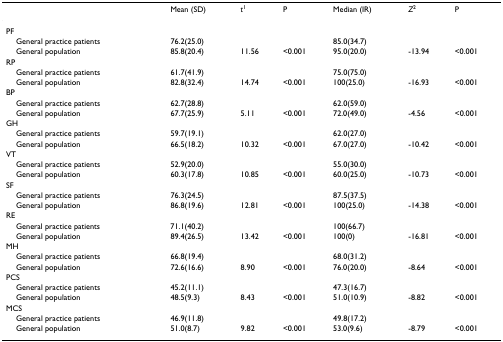
<table><thead><tr><td></td><td><b>Mean (SD)</b></td><td><b><i>t</i><sup>1</sup></b></td><td><b>P</b></td><td><b>Median (IR)</b></td><td><b><i>Z</i><sup>2</sup></b></td><td><b>P</b></td></tr></thead><tbody><tr><td>PF</td><td></td><td></td><td></td><td></td><td></td><td></td></tr><tr><td> General practice patients</td><td>76.2(25.0)</td><td></td><td></td><td>85.0(34.7)</td><td></td><td></td></tr><tr><td> General population</td><td>85.8(20.4)</td><td>11.56</td><td>&lt;0.001</td><td>95.0(20.0)</td><td>-13.94</td><td>&lt;0.001</td></tr><tr><td>RP</td><td></td><td></td><td></td><td></td><td></td><td></td></tr><tr><td> General practice patients</td><td>61.7(41.9)</td><td></td><td></td><td>75.0(75.0)</td><td></td><td></td></tr><tr><td> General population</td><td>82.8(32.4)</td><td>14.74</td><td>&lt;0.001</td><td>100(25.0)</td><td>-16.93</td><td>&lt;0.001</td></tr><tr><td>BP</td><td></td><td></td><td></td><td></td><td></td><td></td></tr><tr><td> General practice patients</td><td>62.7(28.8)</td><td></td><td></td><td>62.0(59.0)</td><td></td><td></td></tr><tr><td> General population</td><td>67.7(25.9)</td><td>5.11</td><td>&lt;0.001</td><td>72.0(49.0)</td><td>-4.56</td><td>&lt;0.001</td></tr><tr><td>GH</td><td></td><td></td><td></td><td></td><td></td><td></td></tr><tr><td> General practice patients</td><td>59.7(19.1)</td><td></td><td></td><td>62.0(27.0)</td><td></td><td></td></tr><tr><td> General population</td><td>66.5(18.2)</td><td>10.32</td><td>&lt;0.001</td><td>67.0(27.0)</td><td>-10.42</td><td>&lt;0.001</td></tr><tr><td>VT</td><td></td><td></td><td></td><td></td><td></td><td></td></tr><tr><td> General practice patients</td><td>52.9(20.0)</td><td></td><td></td><td>55.0(30.0)</td><td></td><td></td></tr><tr><td> General population</td><td>60.3(17.8)</td><td>10.85</td><td>&lt;0.001</td><td>60.0(25.0)</td><td>-10.73</td><td>&lt;0.001</td></tr><tr><td>SF</td><td></td><td></td><td></td><td></td><td></td><td></td></tr><tr><td> General practice patients</td><td>76.3(24.5)</td><td></td><td></td><td>87.5(37.5)</td><td></td><td></td></tr><tr><td> General population</td><td>86.8(19.6)</td><td>12.81</td><td>&lt;0.001</td><td>100(25.0)</td><td>-14.38</td><td>&lt;0.001</td></tr><tr><td>RE</td><td></td><td></td><td></td><td></td><td></td><td></td></tr><tr><td> General practice patients</td><td>71.1(40.2)</td><td></td><td></td><td>100(66.7)</td><td></td><td></td></tr><tr><td> General population</td><td>89.4(26.5)</td><td>13.42</td><td>&lt;0.001</td><td>100(0)</td><td>-16.81</td><td>&lt;0.001</td></tr><tr><td>MH</td><td></td><td></td><td></td><td></td><td></td><td></td></tr><tr><td> General practice patients</td><td>66.8(19.4)</td><td></td><td></td><td>68.0(31.2)</td><td></td><td></td></tr><tr><td> General population</td><td>72.6(16.6)</td><td>8.90</td><td>&lt;0.001</td><td>76.0(20.0)</td><td>-8.64</td><td>&lt;0.001</td></tr><tr><td>PCS</td><td></td><td></td><td></td><td></td><td></td><td></td></tr><tr><td> General practice patients</td><td>45.2(11.1)</td><td></td><td></td><td>47.3(16.7)</td><td></td><td></td></tr><tr><td> General population</td><td>48.5(9.3)</td><td>8.43</td><td>&lt;0.001</td><td>51.0(10.9)</td><td>-8.82</td><td>&lt;0.001</td></tr><tr><td>MCS</td><td></td><td></td><td></td><td></td><td></td><td></td></tr><tr><td> General practice patients</td><td>46.9(11.8)</td><td></td><td></td><td>49.8(17.2)</td><td></td><td></td></tr><tr><td> General population</td><td>51.0(8.7)</td><td>9.82</td><td>&lt;0.001</td><td>53.0(9.6)</td><td>-8.79</td><td>&lt;0.001</td></tr></tbody></table>